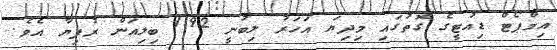
އިމްޕޯޓް ޑިއުޓީގެ ގޮތުގައި މިދިޔަ އަހަރު ލިބުނީ 1.92 ބިލިއަން ރުފިޔާ އެވެ.